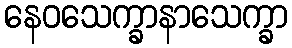
နေဝသေက္ခာနာသေက္ခာ